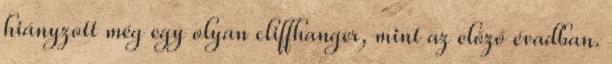
hiányzott még egy olyan cliffhanger, mint az előző évadban.